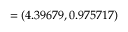
= ( 4 . 3 9 6 7 9 , 0 . 9 7 5 7 1 7 )